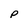
Character: p